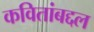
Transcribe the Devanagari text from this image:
कवितांबद्दल